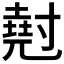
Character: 𡭄